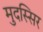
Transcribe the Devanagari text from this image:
मुदस्सिर